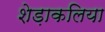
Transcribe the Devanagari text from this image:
शेड़ाकलिया